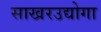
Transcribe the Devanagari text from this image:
साखरउद्योगा